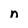
Character: n